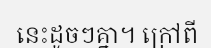
នេះដូចៗគ្នា។ ក្រៅពី